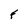
Character: F